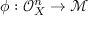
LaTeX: \phi : { \mathcal { O } } _ { X } ^ { n } \to { \mathcal { M } }